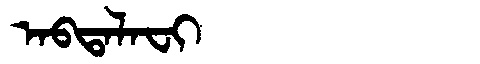
Manchu: ᠠᠪᡨᠠᠯᠠᠸᡳ
Romanization: ABTALAFI